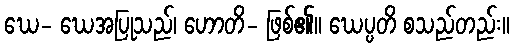
ဃေ- ဃေအပြုသည်၊ ဟောတိ- ဖြစ်၏။ ဃေပ္ပတိ စသည်တည်း။